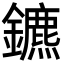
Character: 鑣